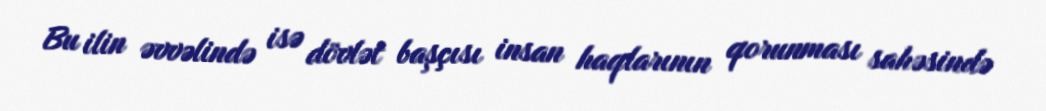
Bu ilin əvvəlində isə dövlət başçısı insan haqlarının qorunması sahəsində